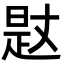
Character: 𣈡